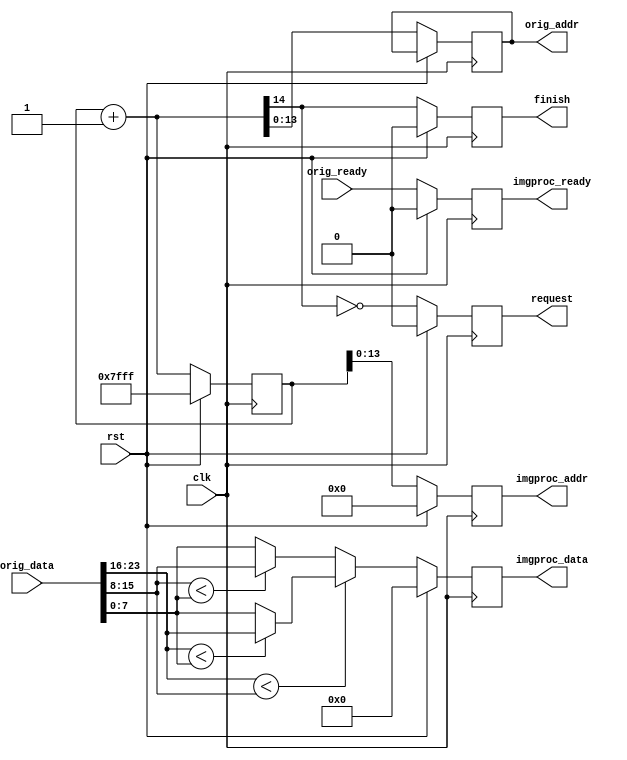
module imgproc(clk, rst, orig_data, orig_ready, request, orig_addr, imgproc_ready, imgproc_addr, imgproc_data, finish);

input           clk, rst;

input  [23:0]   orig_data;
input           orig_ready;

output          request;
output [13:0]   orig_addr;

output          imgproc_ready;
output [13:0]   imgproc_addr;
output [7:0]    imgproc_data;
output          finish;
// Please DO NOT modified the I/O signal

reg         request, imgproc_ready, finish;
reg  [13:0] imgproc_addr, orig_addr;
reg  [7:0]  imgproc_data;

localparam MAX_ADDR = 14'd16383;

wire [7:0]  channel[0:2];

wire        nxt_finish;
wire [14:0] nxt_addr;

reg  [14:0] addr;
reg  [7:0]  min;

assign channel[0] = orig_data[23:16];
assign channel[1] = orig_data[15:8];
assign channel[2] = orig_data[7:0];

always @(*) begin
    // a<b b<c a<c
    if(channel[0] < channel[1]) begin
        if(channel[0] < channel[2]) begin
            // 1 0 1 (1, 5, 3) -> a
            // 1 1 1 (1, 3, 5) -> a
            min = channel[0];
        end
        else begin
            // 1 0 0 (3, 5, 1) -> c
            min = channel[2];
        end
    end
    else begin
        if (channel[1] < channel[2]) begin
            // 0 1 0 (5, 1, 3) -> b
            // 0 1 1 (3, 1, 5) -> b
            min = channel[1];
        end
        else begin
            // 0 0 0 (5, 3, 1) -> c
            min = channel[2];
        end
    end
end

assign nxt_addr = addr + 1;
assign nxt_finish = nxt_addr[14];

always @(posedge clk) begin
    if (rst) begin
        imgproc_ready <= 0;
        imgproc_addr  <= 14'b0;
        imgproc_data  <= 8'b0;
        addr          <= {1'b1, MAX_ADDR}; // 0x7fff + 1 == 0
        request       <= 0;
        finish        <= 0;
    end
    else begin
        orig_addr     <= nxt_addr[13:0];
        imgproc_ready <= orig_ready;
        imgproc_addr  <= addr[13:0];
        imgproc_data  <= min;
        addr          <= nxt_addr;
        request       <= !nxt_finish;
        finish        <= nxt_finish;
    end
end


endmodule